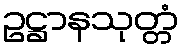
ဥဋ္ဌာနသုတ္တံ